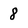
Character: 8